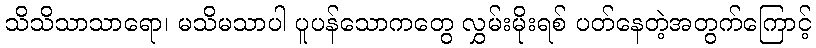
သိသိသာသာရော၊ မသိမသာပါ ပူပန်သောကတွေ လွှမ်းမိုးရစ် ပတ်နေတဲ့အတွက်ကြောင့်